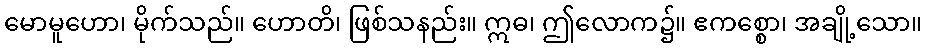
မောမူဟော၊ မိုက်သည်။ ဟောတိ၊ ဖြစ်သနည်း။ ဣဓ၊ ဤလောက၌။ ဧကစ္စော၊ အချို့သော။